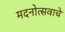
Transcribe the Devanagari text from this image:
मदनोत्सवाचे